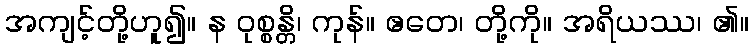
အကျင့်တို့ဟူ၍။ န ဝုစ္စန္တိ၊ ကုန်။ ဧတေ၊ တို့ကို။ အရိယဿ၊ ၏။